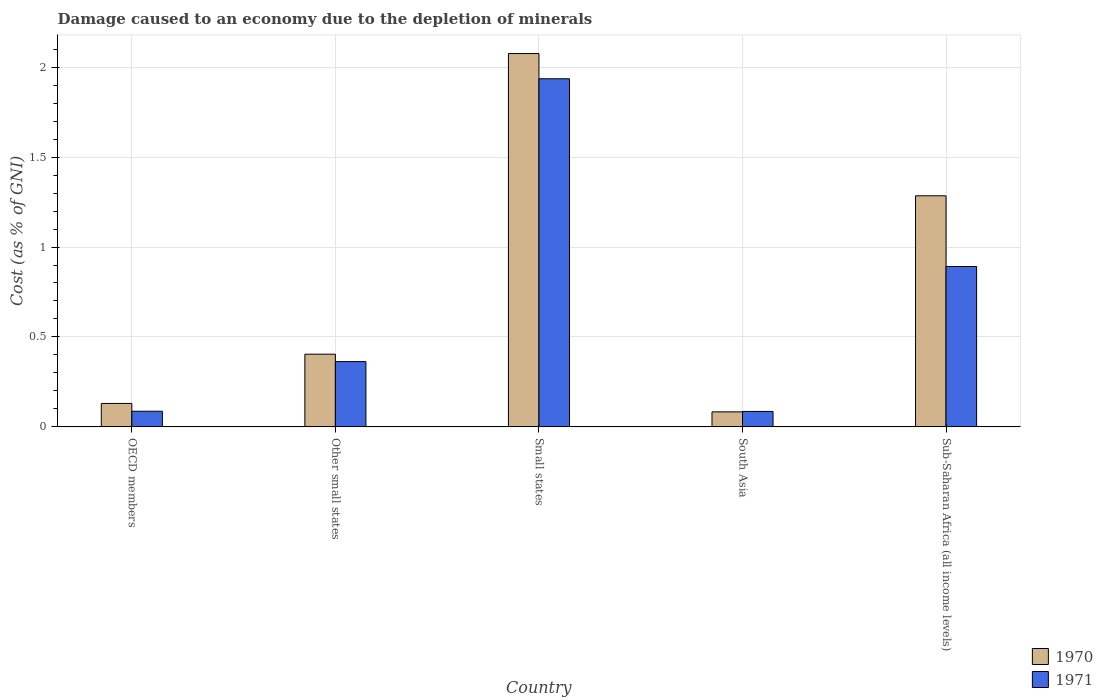
| Country | 1970 | 1971 |
 | --- | --- | --- |
 | OECD members | 0.13 | 0.0869 |
 | Other small states | 0.404 | 0.363 |
 | Small states | 2.08 | 1.94 |
 | South Asia | 0.0834 | 0.0858 |
 | Sub-Saharan Africa (all income levels) | 1.28 | 0.892 |